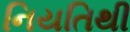
નિયતિથી